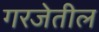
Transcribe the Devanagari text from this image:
गरजेतील